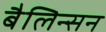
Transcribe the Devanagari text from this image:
बैलिन्सन